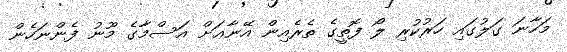
މަހާނަ ގަލުގައި ހަރުކުރި ލޯ ފޮތީގެ ތެރެއިން އޭނާޢަށް އަސްމާގެ މޫނު ފެންނަހެން